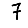
Digit: 7